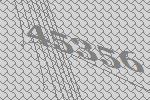
45356